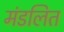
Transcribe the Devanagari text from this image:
मंडलित